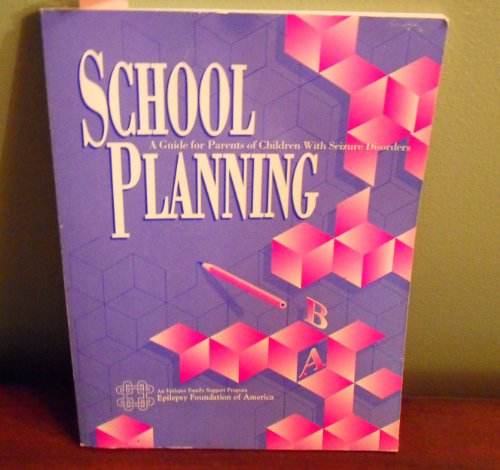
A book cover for School Planning a Guide for Parents of Children with Seizure Disorders; various; Health, Fitness & Dieting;